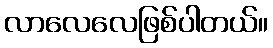
လာလေလေဖြစ်ပါတယ်။